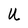
Character: U